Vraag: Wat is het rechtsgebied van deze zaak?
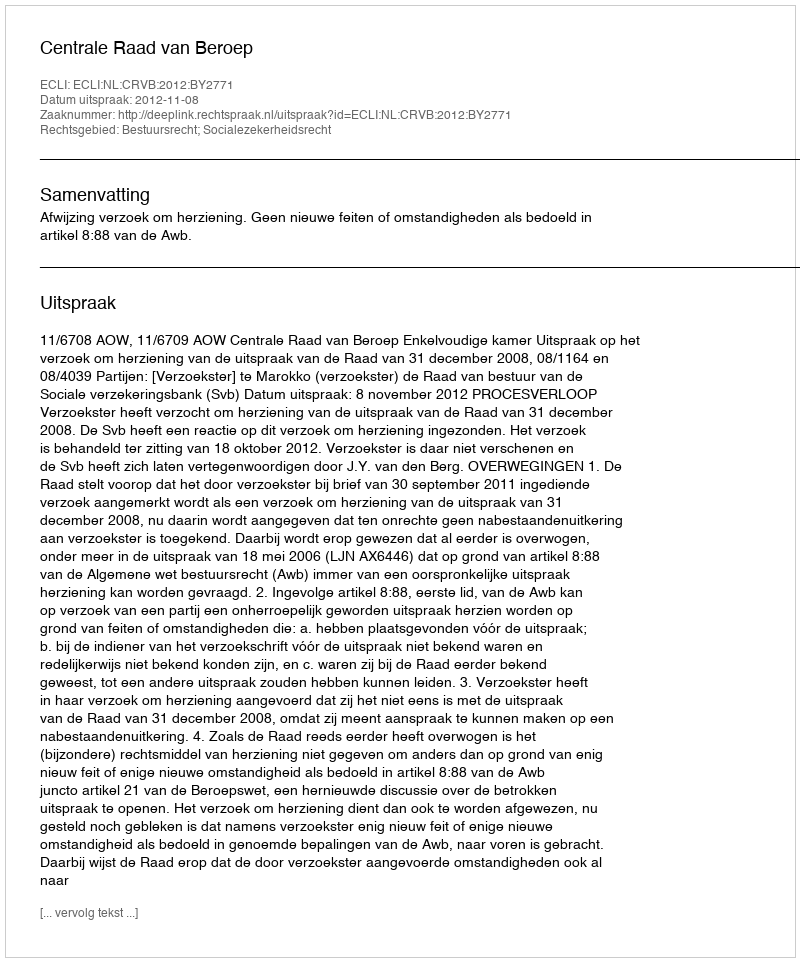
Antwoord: Bestuursrecht; Socialezekerheidsrecht